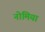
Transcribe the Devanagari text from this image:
नोमिया